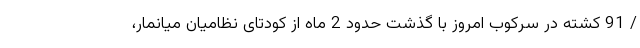
/ 91 کشته در سرکوب امروز با گذشت حدود 2 ماه از کودتای نظامیان میانمار،